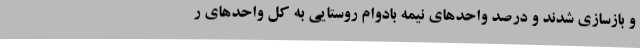
و بازسازی شدند و درصد واحدهای نیمه بادوام روستایی به کل واحدهای ر